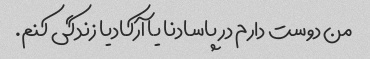
من دوست دارم در پاسادنا یا آرکادیا زندگی کنم.